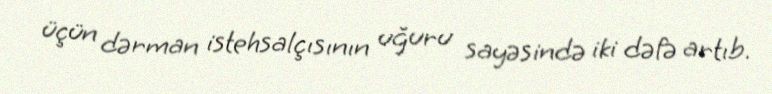
üçün dərman istehsalçısının uğuru sayəsində iki dəfə artıb.